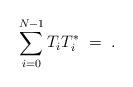
LaTeX: \begin{align*}\sum_{i=0}^{N-1}T_iT_i^{\ast}\;=\;.\end{align*}